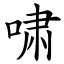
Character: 啸